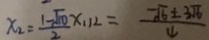
x _ { 2 } = \frac { 1 - \sqrt { 1 0 } } { 2 } x _ { 1 1 2 } = \frac { - \sqrt { 6 } \pm 3 \sqrt { 6 } } { 4 }